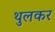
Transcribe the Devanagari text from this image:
थुलकर